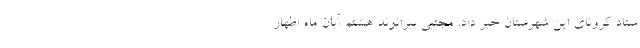
ستاد کرونای این شهرستان خبر داد. مجتبی ببرانوند هشتم آبان ماه اظهار